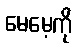
မေမေ့ကို